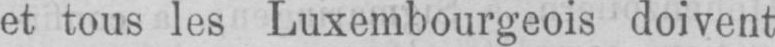
et tous les Luxembourgeois doivent